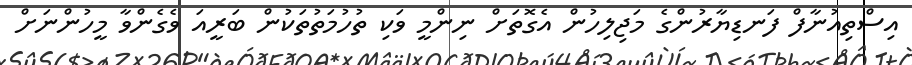
އިސްތިއުނާފް ފަނޑިޔާރުންގެ މަޖިލިހުން އެގޮތަށް ނިންމީ ވަކި ތުހުމަތުތަކުން ބަރީއަ ވެގެންވާ މީހުންނަށް